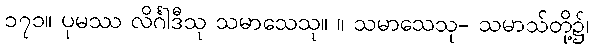
၁၇၁။ ပုမဿ လိင်္ဂါဒီသု သမာသေသု။ ။ သမာသေသု- သမာသ်တို့၌၊